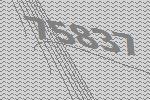
75837